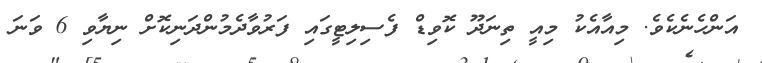
އަންހެނެކެވެ. މިއާއެކު މިއީ ތިނަދޫ ކޮވިޑް ފެސިލިޓީގައި ފަރުވާދެމުންދަނިކޮށް ނިޔާވި 6 ވަނަ